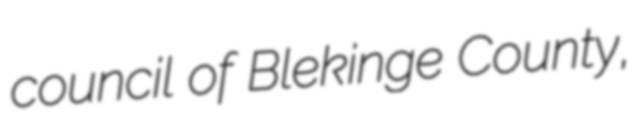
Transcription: council of Blekinge County,